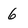
Character: 6